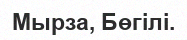
Мырза, Бөгілі.